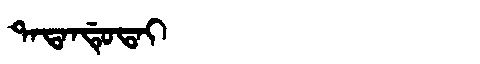
Manchu: ᡨᠠᡨᠠᠨᡩᡠᡨᠠᡳ
Romanization: TATANDUTAI